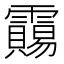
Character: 𱁦